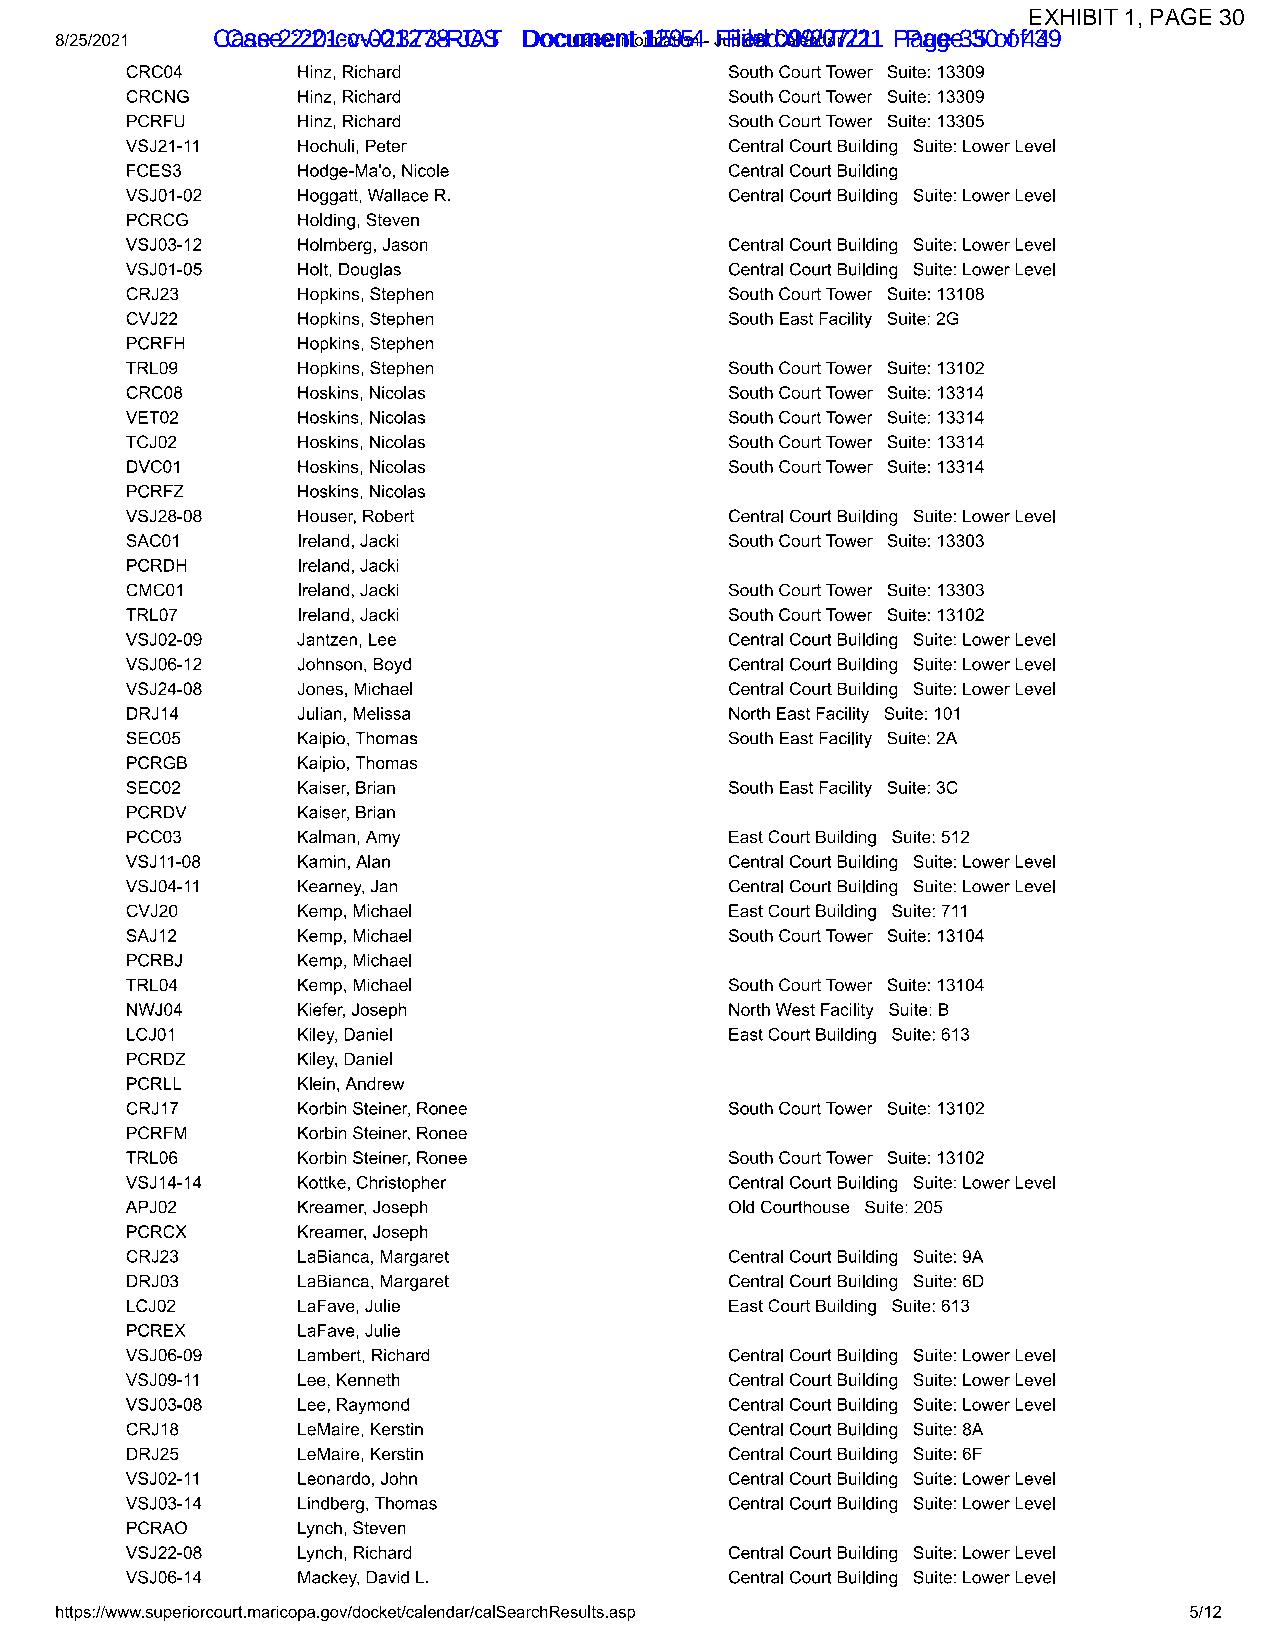
EXHIBIT 1, PAGE 30
 CCaassee 2 2:2:201-c-cvv-0-021327738-R-JOAST DDooccuummeenntt 11259-5-4 F Fileiledd 0 099/2/077/2/211 P Paaggee 3 350 o of f4 349